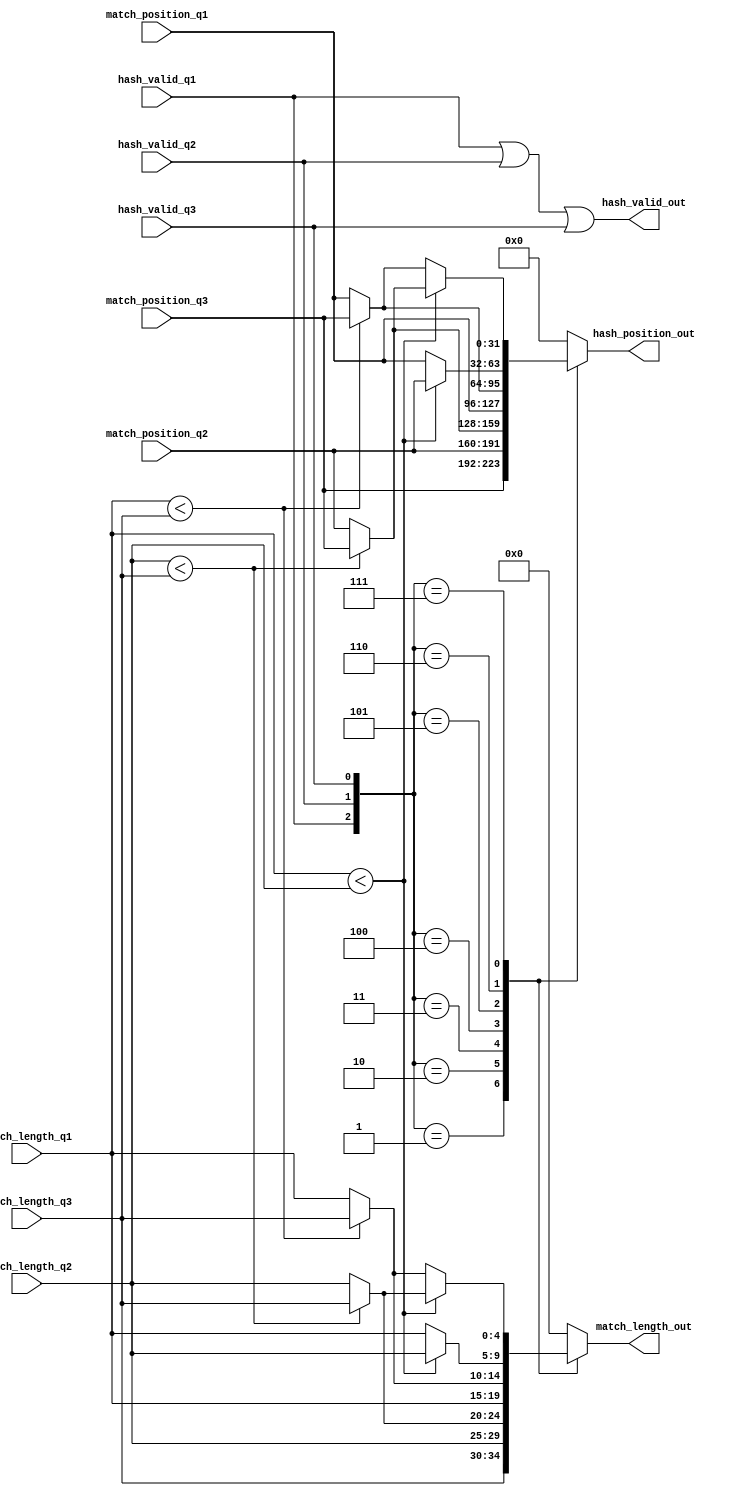
module match_length_comparison (
	match_length_q1,    
	match_length_q2,
	match_length_q3,
	match_position_q1, 
	match_position_q2, 
	match_position_q3, 
	hash_valid_q1, 
	hash_valid_q2, 
	hash_valid_q3,  
	match_length_out, 
	hash_position_out, 
	hash_valid_out
);

input wire	[4:0]	match_length_q1;
input wire	[4:0]	match_length_q2;
input wire	[4:0]	match_length_q3;

input wire 	[31:0]	match_position_q1;
input wire 	[31:0]	match_position_q2;
input wire 	[31:0]	match_position_q3;

input wire 			hash_valid_q1;
input wire 			hash_valid_q2;
input wire 			hash_valid_q3;

output wire [4:0]	match_length_out;
output wire [31:0]	hash_position_out;
output wire 		hash_valid_out;

reg 	[4:0]	reg_match_length_out;
reg 	[31:0]	reg_hash_position_out;

always @(*)
	begin
		case ({hash_valid_q1, hash_valid_q2, hash_valid_q3})
			3'b001:	begin
			 			reg_match_length_out <= match_length_q3;
			 			reg_hash_position_out <= match_position_q3;
			 		end

			3'b010: begin
			 			reg_match_length_out <= match_length_q2;
			 			reg_hash_position_out <= match_position_q2;
			 		end

			3'b011: begin
						if(match_length_q2<match_length_q3)
						begin
							reg_match_length_out <= match_length_q3;
			 				reg_hash_position_out <= match_position_q3;
						end
						else
						begin
							reg_match_length_out <= match_length_q2;
			 				reg_hash_position_out <= match_position_q2;
						end
					end

			3'b100: begin
						reg_match_length_out <= match_length_q1;
			 			reg_hash_position_out <= match_position_q1;
					end

			3'b101: begin
						if(match_length_q1<match_length_q3)
						begin
							reg_match_length_out <= match_length_q3;
			 				reg_hash_position_out <= match_position_q3;
						end
						else
						begin
							reg_match_length_out <= match_length_q1;
			 				reg_hash_position_out <= match_position_q1;
						end
					end

			3'b110: begin
						if(match_length_q1<match_length_q2)
						begin
							reg_match_length_out <= match_length_q2;
			 				reg_hash_position_out <= match_position_q2;
						end
						else
						begin
							reg_match_length_out <= match_length_q1;
			 				reg_hash_position_out <= match_position_q1;
						end
					end

			3'b111: begin
						if(match_length_q1<match_length_q2)
							if(match_length_q2<match_length_q3)
							begin
								reg_match_length_out <= match_length_q3;
			 					reg_hash_position_out <= match_position_q3;
							end
							else
							begin
								reg_match_length_out <= match_length_q2;
			 					reg_hash_position_out <= match_position_q2;
							end
							
						else if(match_length_q1 < match_length_q3)
						begin
							reg_match_length_out <= match_length_q3;
			 				reg_hash_position_out <= match_position_q3;
						end
						else
						begin
							reg_match_length_out <= match_length_q1;
			 				reg_hash_position_out <= match_position_q1;
						end
					end

			default : begin
						reg_match_length_out <= 5'd0;
						reg_hash_position_out <= 32'd0;
					  end
		endcase
	end


assign match_length_out = reg_match_length_out;
assign hash_position_out = reg_hash_position_out;
assign hash_valid_out = hash_valid_q1 | hash_valid_q2 | hash_valid_q3;

endmodule